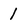
Character: 1